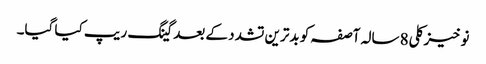
نوخیز کلی 8 سالہ آصفہ کو بدترین تشدد کے بعد گینگ ریپ کیا گیا۔